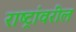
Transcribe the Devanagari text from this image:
राष्ट्रांवरील